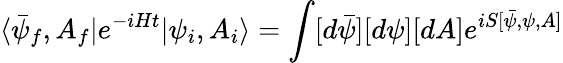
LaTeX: \langle\bar{\psi}_{f},A_{f}|e^{-iHt}|\psi_{i},A_{i}\rangle=\int[d\bar{\psi}][d\psi][dA]e^{iS[\bar{\psi},\psi,A]}